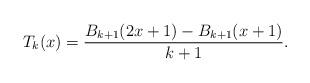
LaTeX: \begin{align*} T_{k}(x)= \frac{B_{k+1}(2x+1)-B_{k+1}(x+1)}{k+1}.\end{align*}